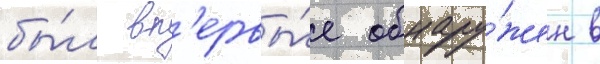
бы́л вп'ервы́е обнару́жен в